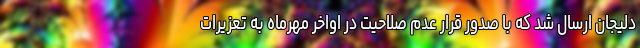
دلیجان ارسال شد که با صدور قرار عدم صلاحیت در اواخر مهرماه به تعزیرات